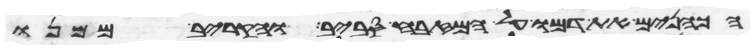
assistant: הכהנים את דמו על המזבח סביב והקריב ממנו